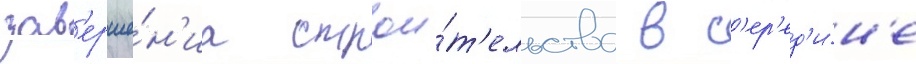
зав'ерше́н'иа строи́т'ельства в с'ер'ед'и́н'е